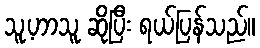
သူ့ဟာသူ ဆိုပြီး ရယ်ပြန်သည်။